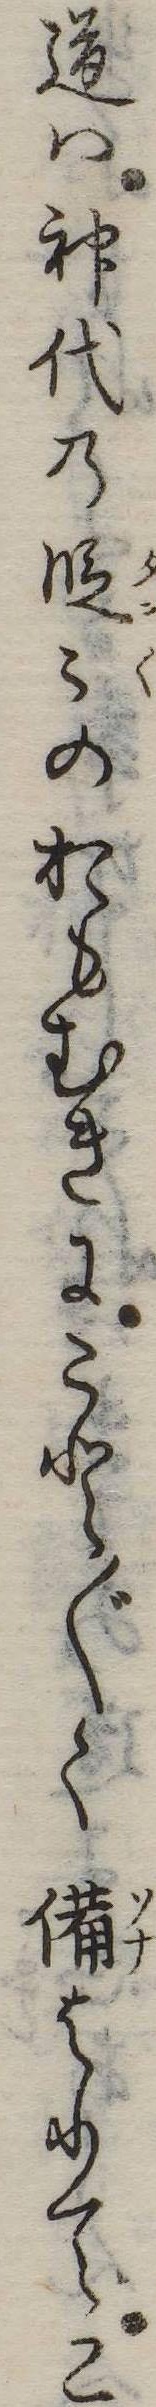
道は神代の段のおもむきにこと〲く備はりてこ